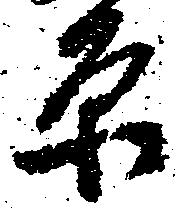
原